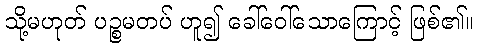
သို့မဟုတ် ပဉ္စမတပ် ဟူ၍ ခေါ်ဝေါ်သောကြောင့် ဖြစ်၏။